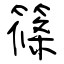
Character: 篠